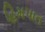
હિમપાત